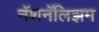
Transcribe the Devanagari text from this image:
नॅशनॅलिझम